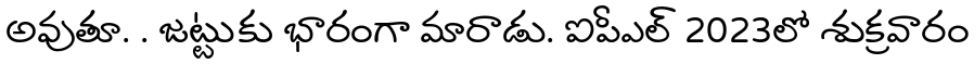
అవుతూ. . జట్టుకు భారంగా మారాడు. ఐపీఎల్ 2023లో శుక్రవారం